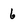
Character: 6